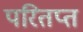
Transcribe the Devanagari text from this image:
परितप्त